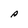
Character: A